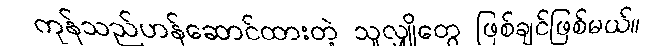
ကုန်သည်ဟန်ဆောင်ထားတဲ့ သူလျှိုတွေ ဖြစ်ချင်ဖြစ်မယ်။